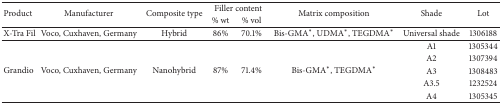
| <ROWSPAN=2> Product | <ROWSPAN=2> Manufacturer | <ROWSPAN=2> Composite type | <COLSPAN=2> Filler content | <ROWSPAN=2> Matrix composition | <ROWSPAN=2> Shade | <ROWSPAN=2> Lot |
 | % wt | % vol |
 | --- | --- | --- | --- | --- | --- | --- | --- |
 | X-Tra Fil | Voco, Cuxhaven, Germany | Hybrid | 86% | 70.1% | Bis-GMA∗, UDMA∗, TEGDMA∗ | Universal shade | 1306188 |
 | <ROWSPAN=5> Grandio | <ROWSPAN=5> Voco, Cuxhaven, Germany | <ROWSPAN=5> Nanohybrid | <ROWSPAN=5> 87% | <ROWSPAN=5> 71.4% | <ROWSPAN=5> Bis-GMA∗, TEGDMA∗ | A1 | 1305344 |
 | A2 | 1307394 |
 | A3 | 1308483 |
 | A3.5 | 1232524 |
 | A4 | 1305345 |